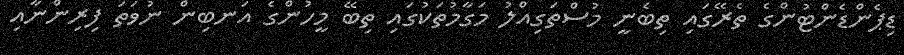
ޑިޕެންޑެންޓުންގެ ތެރޭގައި ތިބެނީ މުސްތަގިއްލު މަގާމުތަކުގައި ތިބޭ މީހުންގެ އަނބިން ނުވަތަ ފިރިންނާއި